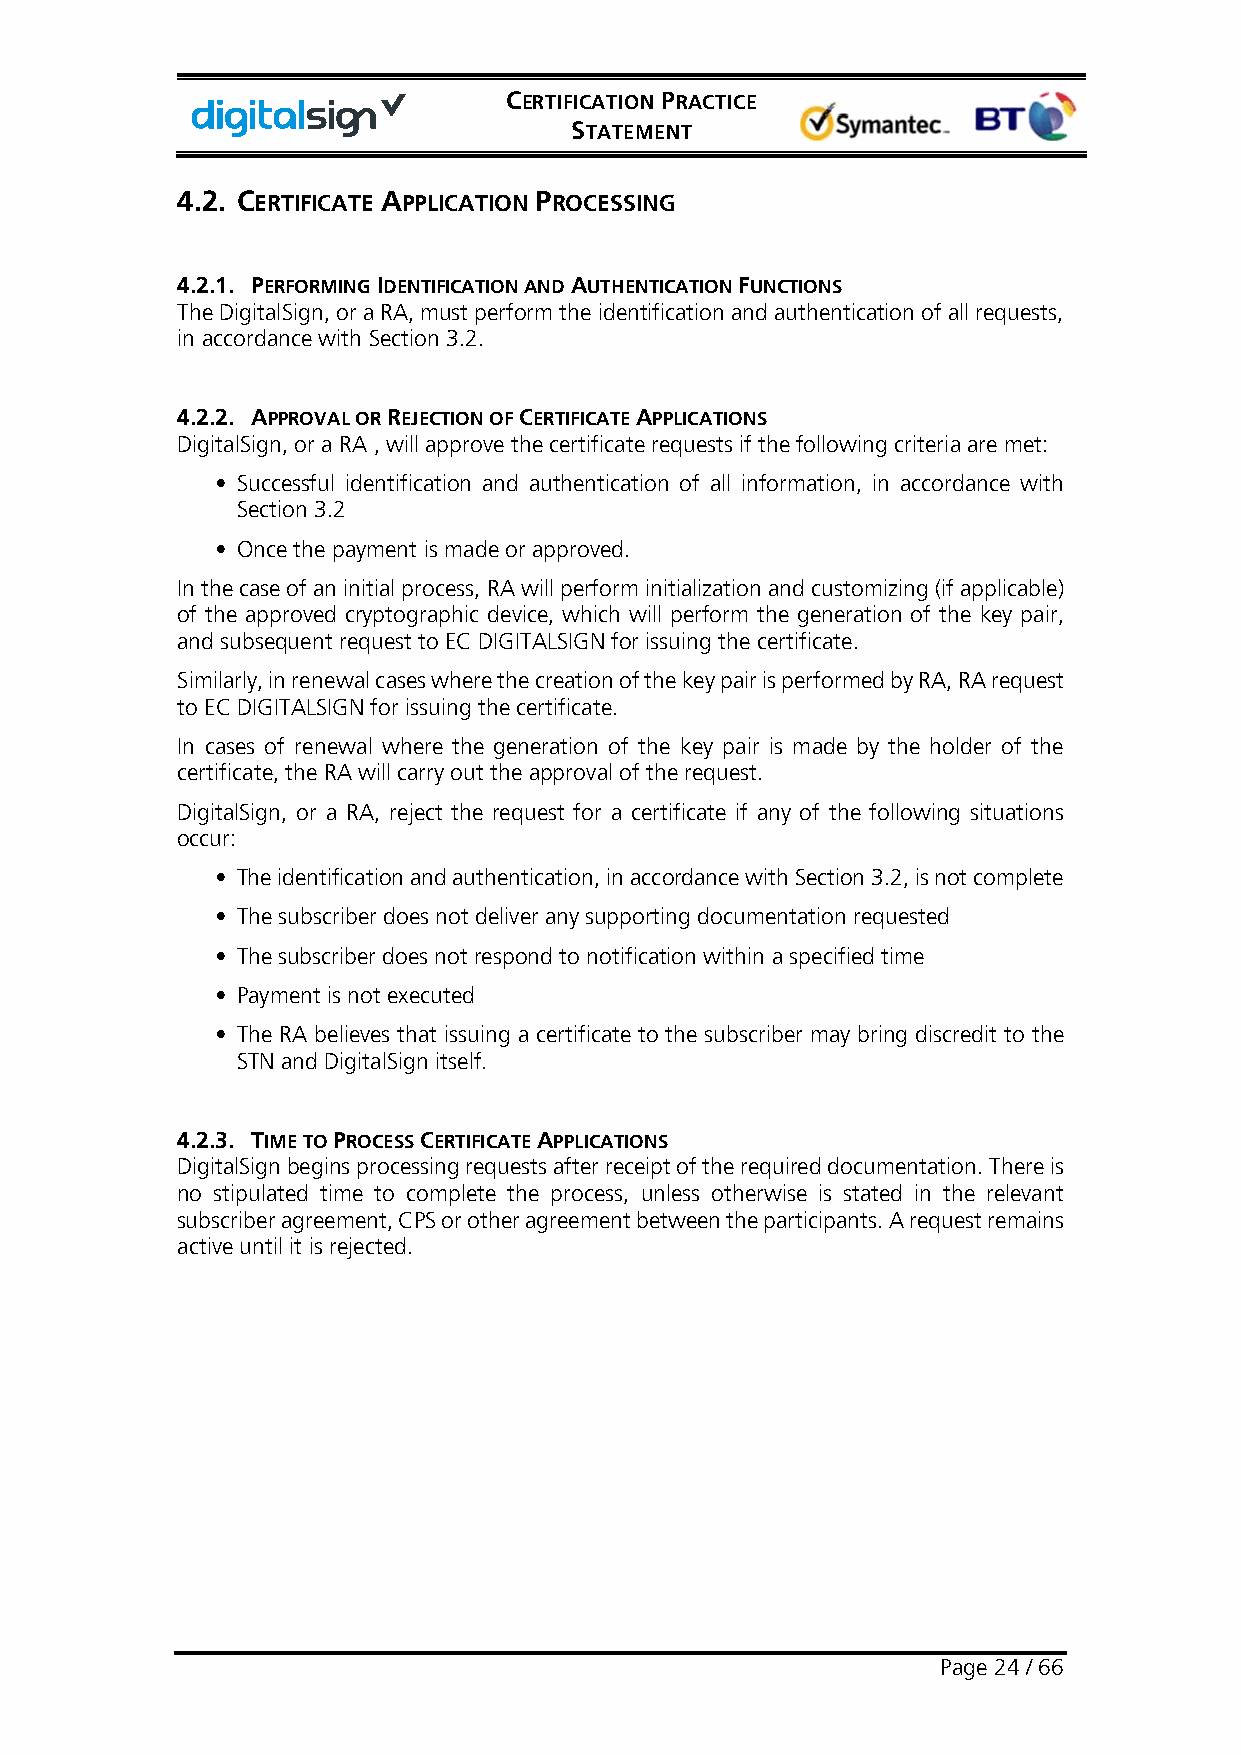
CERTIFICATION PRACTICE
 STATEMENT
 4.2. CERTIFICATE APPLICATION PROCESSING
 4.2.1. PERFORMING IDENTIFICATION AND AUTHENTICATION FUNCTIONS
 The DigitalSign, or a RA, must perform the identification and authentication of all requests,
 in accordance with Section 3.2.
 4.2.2. APPROVAL OR REJECTION OF CERTIFICATE APPLICATIONS
 DigitalSign, or a RA , will approve the certificate requests if the following criteria are met:
 • Successful identification and authentication of all information, in accordance with
 Section 3.2
 • Once the payment is made or approved.
 In the case of an initial process, RA will perform initialization and customizing (if applicable)
 of the approved cryptographic device, which will perform the generation of the key pair,
 and subsequent request to EC DIGITALSIGN for issuing the certificate.
 Similarly, in renewal cases where the creation of the key pair is performed by RA, RA request
 to EC DIGITALSIGN for issuing the certificate.
 In cases of renewal where the generation of the key pair is made by the holder of the
 certificate, the RA will carry out the approval of the request.
 DigitalSign, or a RA, reject the request for a certificate if any of the following situations
 occur:
 • The identification and authentication, in accordance with Section 3.2, is not complete
 • The subscriber does not deliver any supporting documentation requested
 • The subscriber does not respond to notification within a specified time
 • Payment is not executed
 • The RA believes that issuing a certificate to the subscriber may bring discredit to the
 STN and DigitalSign itself.
 4.2.3. TIME TO PROCESS CERTIFICATE APPLICATIONS
 DigitalSign begins processing requests after receipt of the required documentation. There is
 no stipulated time to complete the process, unless otherwise is stated in the relevant
 subscriber agreement, CPS or other agreement between the participants. A request remains
 active until it is rejected.
 Page 24 / 66